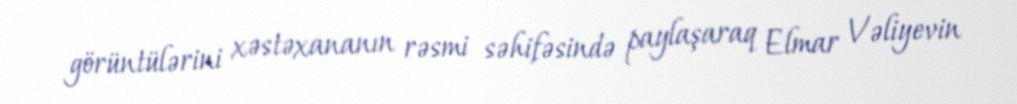
görüntülərini xəstəxananın rəsmi səhifəsində paylaşaraq Elmar Vəliyevin